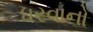
ધરવાનો